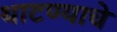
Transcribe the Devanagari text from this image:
थाटण्याचे